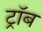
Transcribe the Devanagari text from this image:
ट्रॉब